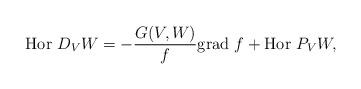
LaTeX: \begin{align*} \mbox{Hor }D_VW = -\frac{G(V,W)}{f}\mbox{grad }f + \mbox{Hor }P_VW,\end{align*}